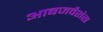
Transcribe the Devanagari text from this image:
आबजर्वेशंस